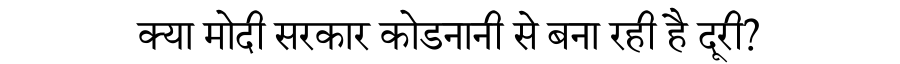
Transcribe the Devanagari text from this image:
क्या मोदी सरकार कोडनानी से बना रही है दूरी?